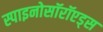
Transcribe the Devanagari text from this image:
स्पाइनोसॉरॉएड्स